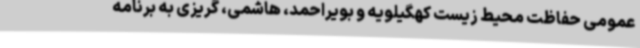
عمومی حفاظت محیط زیست کهگیلویه و بویراحمد، هاشمی، گریزی به برنامه